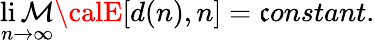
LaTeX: \operatorname*{li\mathcal{M}}_{n\rightarrow\infty}{\calE}[d(n),n]=\mathfrak{c}onstant.